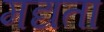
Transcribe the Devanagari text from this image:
मद्यता